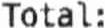
TOTAL: